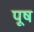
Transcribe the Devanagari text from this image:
पूष